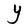
Character: Y